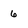
Character: 6